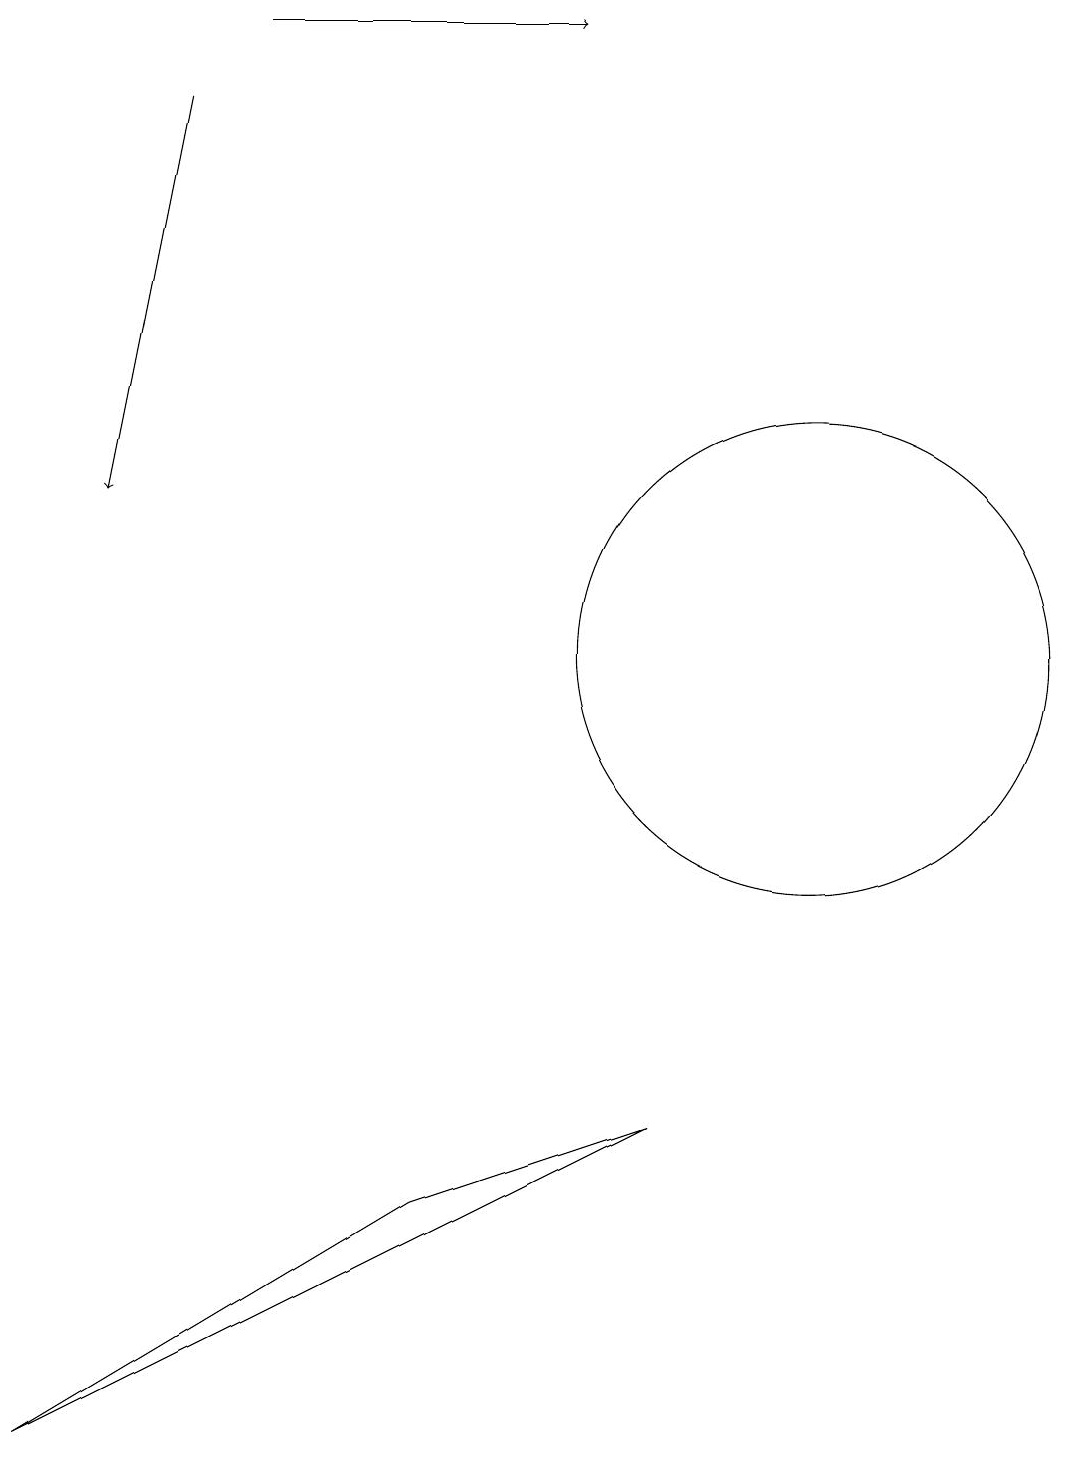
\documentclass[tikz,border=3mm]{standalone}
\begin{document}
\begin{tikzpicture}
\draw[->] (2,18) -- (1,13);
\draw (8,5) -- (0,1) -- (5,4) -- cycle;
\draw[->] (3,19) -- (7,19);
\draw (10,11) circle (3);
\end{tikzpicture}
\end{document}